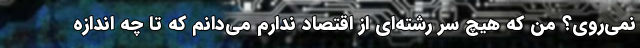
نمی‌روی؟ من که هیچ سر رشته‌ای از اقتصاد ندارم می‌دانم که تا چه اندازه